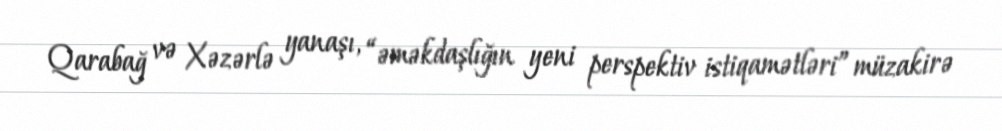
Qarabağ və Xəzərlə yanaşı, “əməkdaşlığın yeni perspektiv istiqamətləri” müzakirə